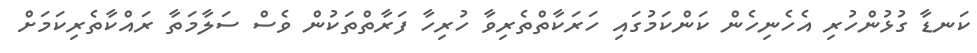
ކަނޑާ ގުޅުންހުރި އެހެނިހެން ކަންކަމުގައި ހަރަކާތްތެރިވާ ހުރިހާ ފަރާތްތަކުން ވެސް ސަލާމަތާ ރައްކާތެރިކަމަށް